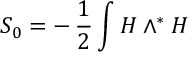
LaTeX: S _ { 0 } = - \, \frac { 1 } { 2 } \int H \wedge ^ { \ast } H